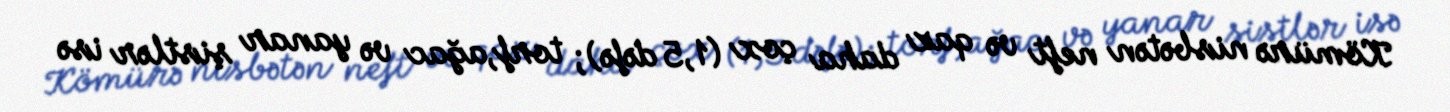
Kömürə nisbətən neft və qaz daha çox (1,5 dəfə); torf,ağac və yanar şistlər isə